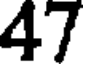
47